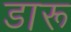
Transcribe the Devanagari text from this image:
डारू